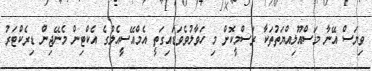
ވިޔަސް އޭނާ މަސްއޫލިއްޔަތުތަކާ ރަސްމީކޮށް މި ހަވާލުވެވަޑައިގަތީ އެމްއޭސީއެލްގެ އެކްޓިން މެނޭޖިން ޑިރެކްޓަރު